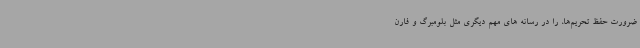
ضرورت حفظ تحریم‌ها، را در رسانه های مهم دیگری مثل بلومبرگ و فارن